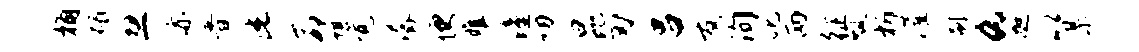
桷碣忽亦普此命堪觉潺便雕潼叨昆刃吕友洵叱两征瓢析灌刷a迦以某